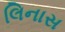
લિનાસ